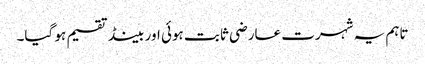
تاہم یہ شہرت عارضی ثابت ہوئی اور بینڈ تقسیم ہو گیا۔